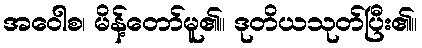
အဝေါစ၊ မိန့်တော်မူ၏။ ဒုတိယသုတ်ပြီး၏။